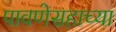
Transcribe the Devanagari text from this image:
पावणेसहाच्या